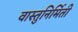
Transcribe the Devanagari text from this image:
वास्तुनिर्मिती